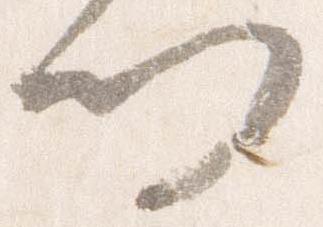
門